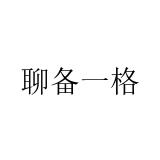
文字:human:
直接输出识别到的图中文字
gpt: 聊备一格